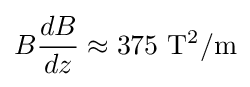
B{\frac {dB}{dz}}\approx 375\ \mathrm {T^{2}/m}